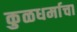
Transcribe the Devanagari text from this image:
कुळधर्माचा